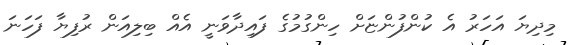
މިދިޔަ އަހަރު އެ ކުންފުންޏަށް ހިންގުމުގެ ފައިދާވަނީ އެއް ބިލިއަން ރުފިޔާ ފަހަނަ